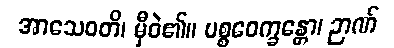
အာသေဝတိ၊ မှီဝဲ၏။ ပစ္စဝေက္ခန္တော၊ ဉာဏ်